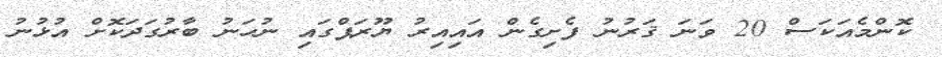
ކޮންމެއަކަސް 20 ވަނަ ޤަރުނު ފެށިގެން އައިއިރު ޔޫރަޕްގައި ނުހަނު ބާރުގަދަކޮށް އުޅުނު